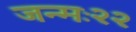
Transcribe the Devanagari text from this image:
जन्मः२२